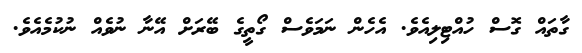
ގާތައް ގޮސް ހުއްޓިލިއެވެ. އެހެން ނަމަވެސް ގޯތީގެ ބޭރަށް އޭނާ ނުވެއް ނުކުމެއެވެ.